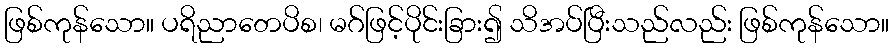
ဖြစ်ကုန်သော။ ပရိညာတေပိစ၊ မဂ်ဖြင့်ပိုင်းခြား၍ သိအပ်ပြီးသည်လည်း ဖြစ်ကုန်သော။